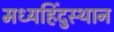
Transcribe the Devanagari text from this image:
मध्यहिंदुस्थान